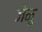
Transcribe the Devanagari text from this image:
जेमू